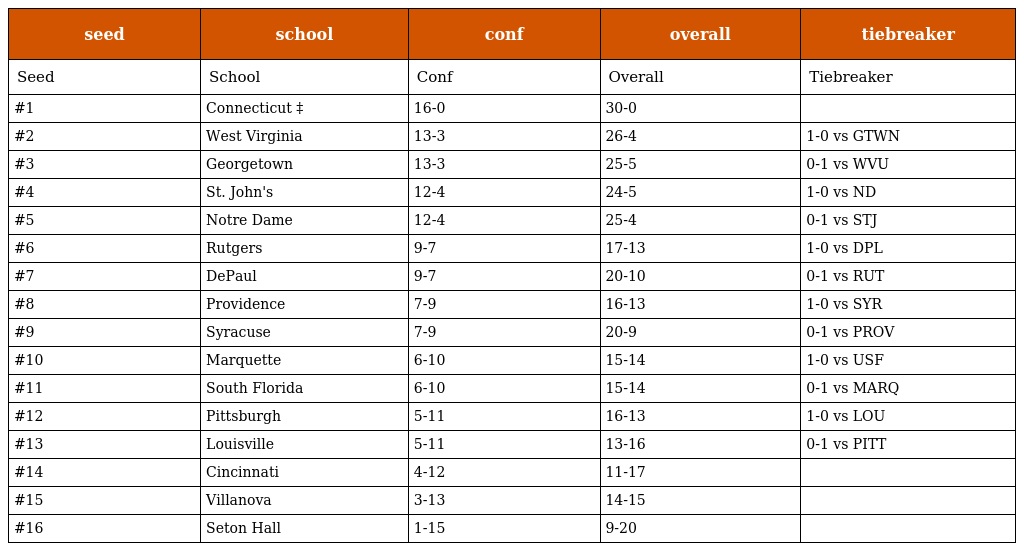
| seed | school | conf | overall | tiebreaker |
 | --- | --- | --- | --- | --- |
 | Seed | School | Conf | Overall | Tiebreaker |
 | #1 | Connecticut ‡ | 16-0 | 30-0 |  |
 | #2 | West Virginia | 13-3 | 26-4 | 1-0 vs GTWN |
 | #3 | Georgetown | 13-3 | 25-5 | 0-1 vs WVU |
 | #4 | St. John's | 12-4 | 24-5 | 1-0 vs ND |
 | #5 | Notre Dame | 12-4 | 25-4 | 0-1 vs STJ |
 | #6 | Rutgers | 9-7 | 17-13 | 1-0 vs DPL |
 | #7 | DePaul | 9-7 | 20-10 | 0-1 vs RUT |
 | #8 | Providence | 7-9 | 16-13 | 1-0 vs SYR |
 | #9 | Syracuse | 7-9 | 20-9 | 0-1 vs PROV |
 | #10 | Marquette | 6-10 | 15-14 | 1-0 vs USF |
 | #11 | South Florida | 6-10 | 15-14 | 0-1 vs MARQ |
 | #12 | Pittsburgh | 5-11 | 16-13 | 1-0 vs LOU |
 | #13 | Louisville | 5-11 | 13-16 | 0-1 vs PITT |
 | #14 | Cincinnati | 4-12 | 11-17 |  |
 | #15 | Villanova | 3-13 | 14-15 |  |
 | #16 | Seton Hall | 1-15 | 9-20 |  |